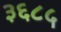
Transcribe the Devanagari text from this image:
३६८५